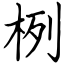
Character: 栵